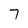
Character: 7